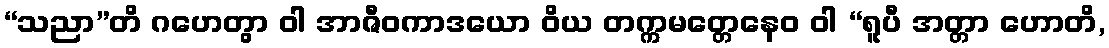
“သညာ”တိ ဂဟေတွာ ဝါ အာဇီဝကာဒယော ဝိယ တက္ကမတ္တေနေဝ ဝါ “ရူပီ အတ္တာ ဟောတိ,